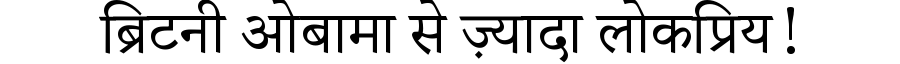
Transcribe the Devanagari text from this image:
ब्रिटनी ओबामा से ज़्यादा लोकप्रिय!